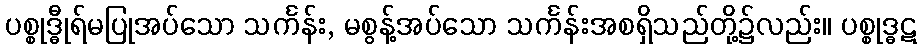
ပစ္စုဒ္ဓီုရ်မပြုအပ်သော သင်္ကန်း, မစွန့်အပ်သော သင်္ကန်းအစရှိသည်တို့၌လည်း။ ပစ္စုဒ္ဓဋ